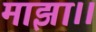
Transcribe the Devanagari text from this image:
माझा।।